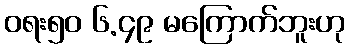
ဝရး၅၀ ၆.၄၉ မကြောက်ဘူးဟု